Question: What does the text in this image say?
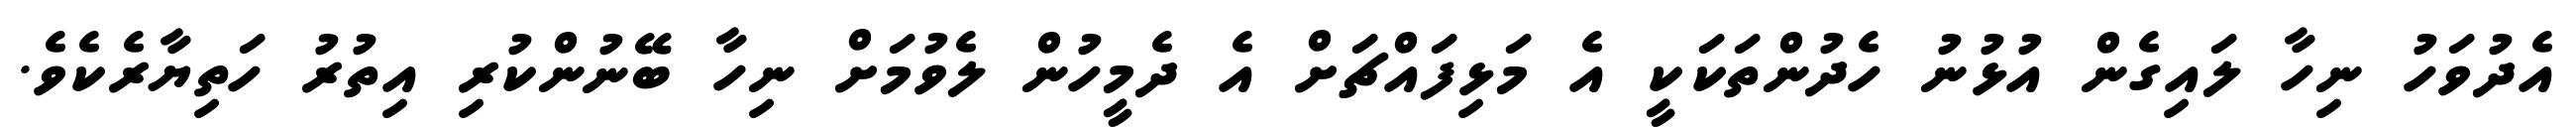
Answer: އެދުވަހު ނިހާ ލައިގެން އުޅުނު ހެދުންތަކަކީ އެ މަޅިފައްޗަށް އެ ދެމީހުން ލެވުމަށް ނިހާ ބޭނުންކުރި އިތުރު ހަތިޔާރެކެވެ.